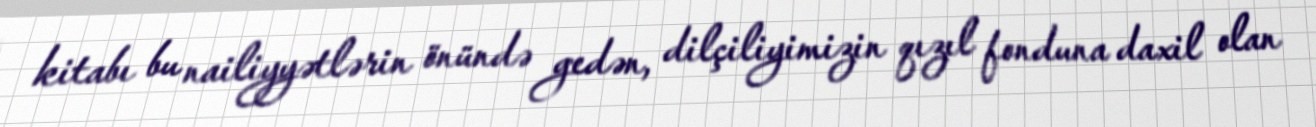
kitabı bu nailiyyətlərin önündə gedən, dilçiliyimizin qızıl fonduna daxil olan